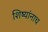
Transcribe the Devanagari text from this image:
शिष्यांनाच